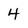
Character: 4